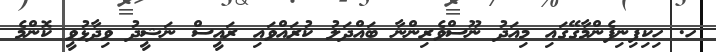
ހ. ހިކިފިނިފެންމާގޭގައި މިއަދު ނޫސްވެރިންނާ ބައްދަލު ކުރައްވައި ރައީސް ނަޝީދު ވިދާޅުވީ ކޮންމެ